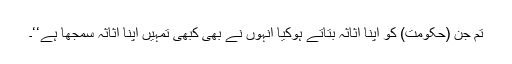
تم جن (حکومت) کو اپنا اثاثہ بتاتے ہوکیا انہوں نے بھی کبھی تمہیں اپنا اثاثہ سمجھا ہے‘‘۔